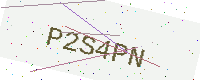
Text: P2S4PN